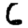
Digit: 6